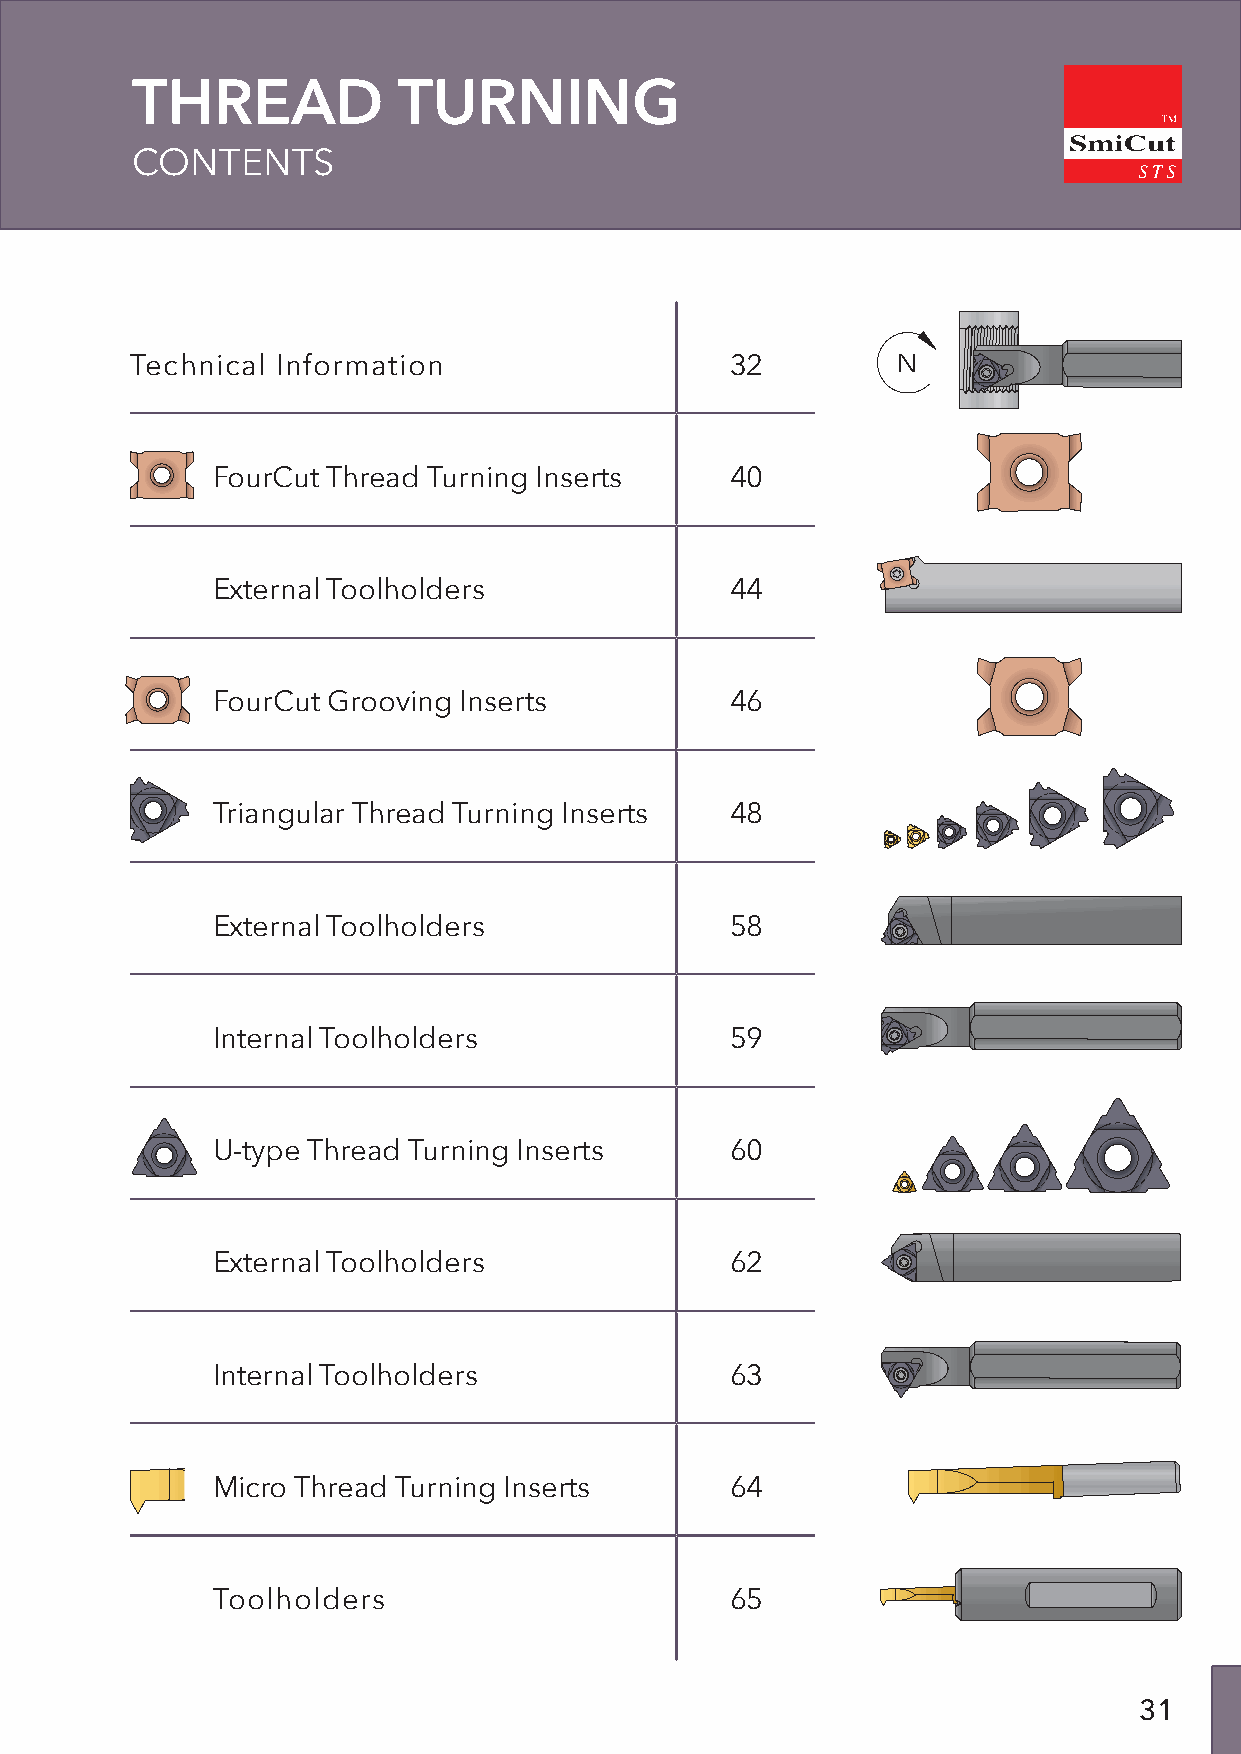
THREAD           TURNING
 TM
 SmiCut
 CONTENTS
 Technical Information                  32         N
 FourCut Thread Turning Inserts    40
 External Toolholders              44
 FourCut Grooving Inserts          46
 Triangular Thread Turning Inserts 48
 External Toolholders              58
 Internal Toolholders              59
 U-type Thread Turning Inserts     60
 External Toolholders              62
 Internal Toolholders              63
 Micro Thread Turning Inserts      64
 Toolholders                       65
 31